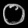
Digit: ၀